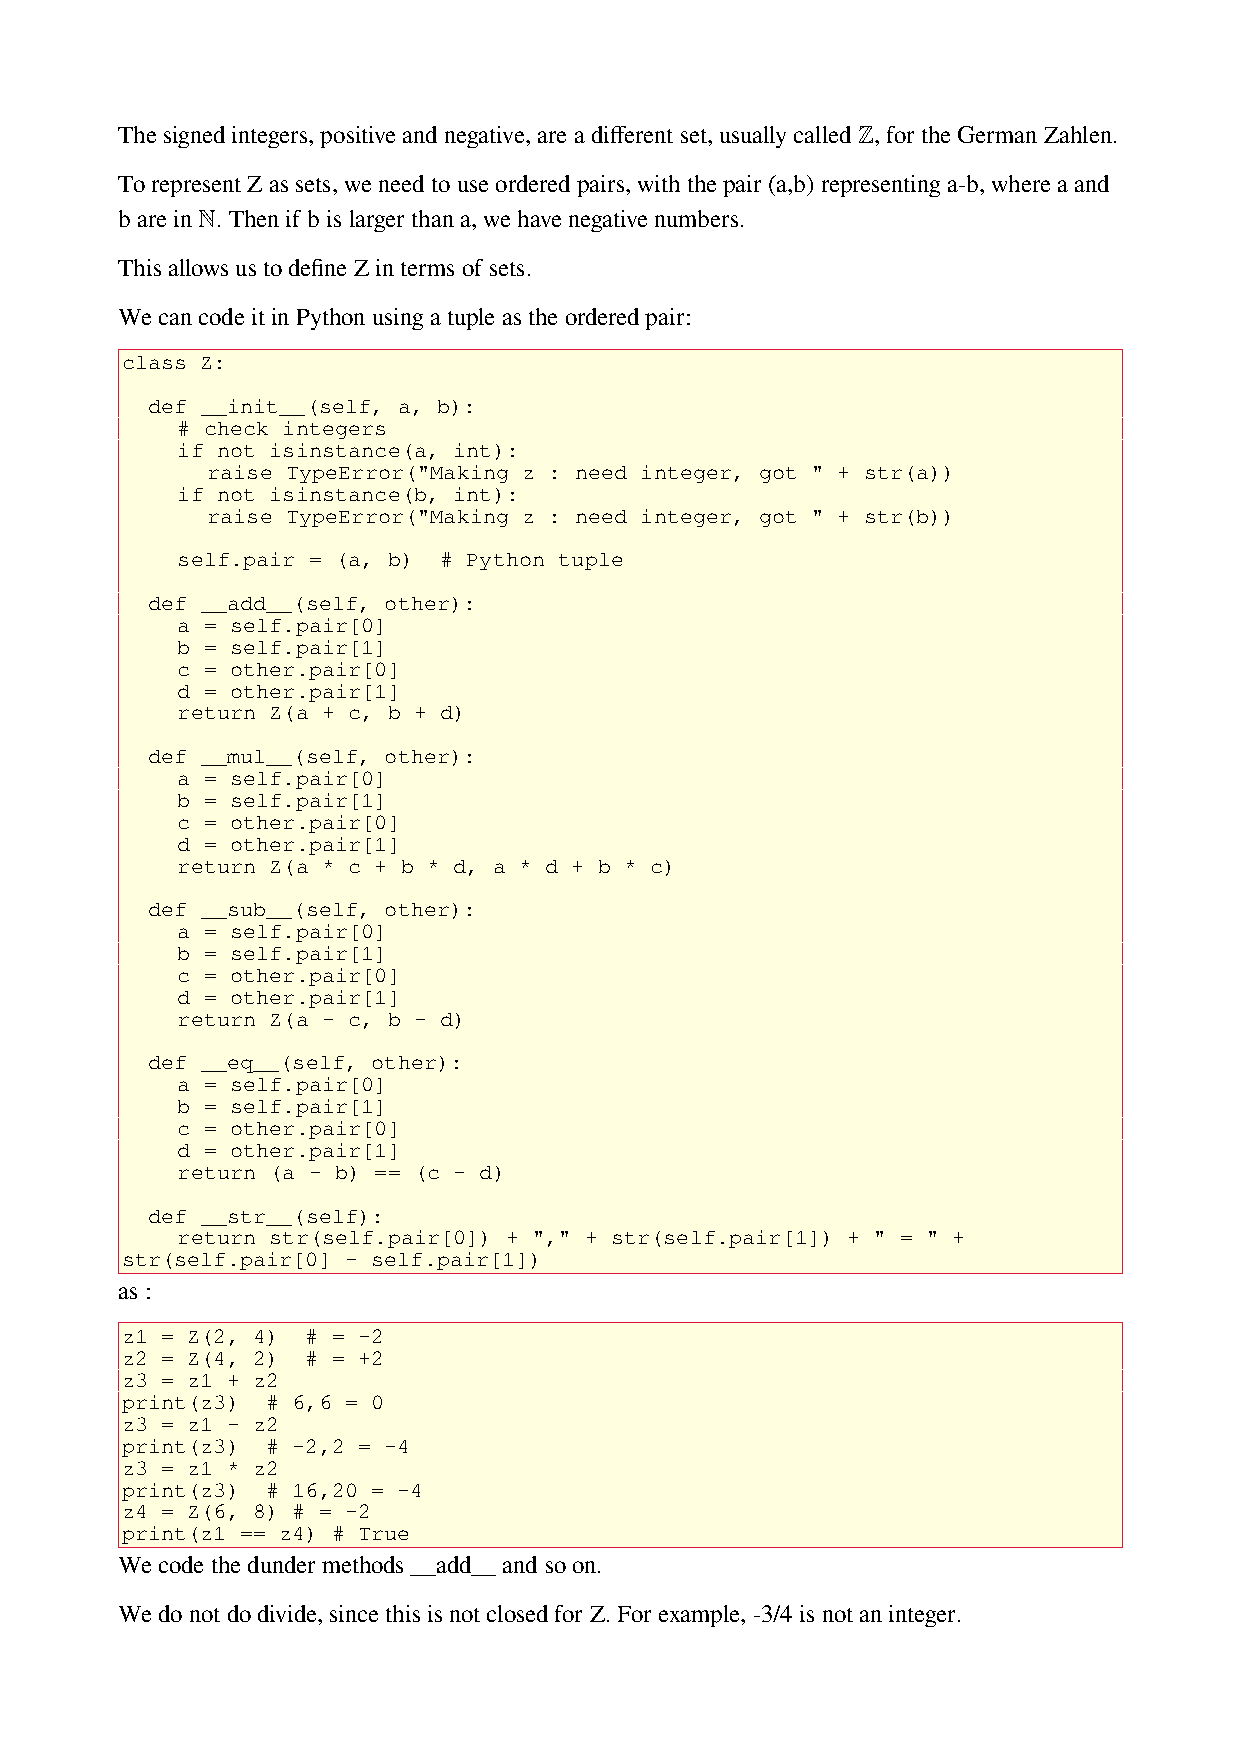
The signed integers, positive and negative, are a different set, usually called ℤ, for the German Zahlen.
 To represent Z as sets, we need to use ordered pairs, with the pair (a,b) representing a-b, where a and
 b are in ℕ. Then if b is larger than a, we have negative numbers.
 This allows us to define Z in terms of sets.
 We can code it in Python using a tuple as the ordered pair:
 class Z:
 def __init__(self, a, b):
 # check integers
 if not isinstance(a, int):
 raise TypeError("Making z : need integer, got " + str(a))
 if not isinstance(b, int):
 raise TypeError("Making z : need integer, got " + str(b))
 self.pair = (a, b) # Python tuple
 def __add__(self, other):
 a = self.pair[0]
 b = self.pair[1]
 c = other.pair[0]
 d = other.pair[1]
 return Z(a + c, b + d)
 def __mul__(self, other):
 a = self.pair[0]
 b = self.pair[1]
 c = other.pair[0]
 d = other.pair[1]
 return Z(a * c + b * d, a * d + b * c)
 def __sub__(self, other):
 a = self.pair[0]
 b = self.pair[1]
 c = other.pair[0]
 d = other.pair[1]
 return Z(a - c, b - d)
 def __eq__(self, other):
 a = self.pair[0]
 b = self.pair[1]
 c = other.pair[0]
 d = other.pair[1]
 return (a - b) == (c - d)
 def __str__(self):
 return str(self.pair[0]) + "," + str(self.pair[1]) + " = " +
 str(self.pair[0] - self.pair[1])
 as :
 z1 = Z(2, 4) # = -2
 z2 = Z(4, 2) # = +2
 z3 = z1 + z2
 print(z3) # 6,6 = 0
 z3 = z1 - z2
 print(z3) # -2,2 = -4
 z3 = z1 * z2
 print(z3) # 16,20 = -4
 z4 = Z(6, 8) # = -2
 print(z1 == z4) # True
 We code the dunder methods __add__ and so on.
 We do not do divide, since this is not closed for Z. For example, -3/4 is not an integer.